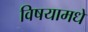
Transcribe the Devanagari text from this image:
विषयामधे